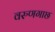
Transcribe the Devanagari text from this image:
वरुणगाछ